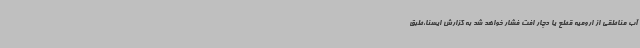
آب مناطقی از ارومیه قطع یا دچار افت فشار خواهد شد به گزارش ایسنا،طبق